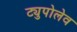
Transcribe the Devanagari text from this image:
ट्युपोलेव